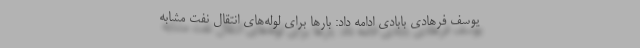
یوسف فرهادی بابادی ادامه داد: بارها برای لوله‌های انتقال نفت مشابه